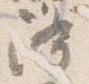
降